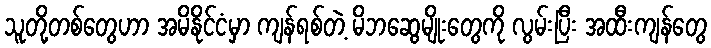
သူတို့တစ်တွေဟာ အမိနိုင်ငံမှာ ကျန်ရစ်တဲ့ မိဘဆွေမျိုးတွေကို လွမ်းပြီး အထီးကျန်တွေ